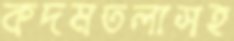
কদমতলাসহ